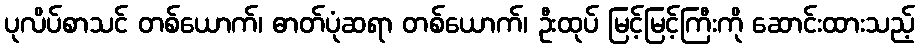
ပုလိပ်စာသင် တစ်ယောက်၊ ဓာတ်ပုံဆရာ တစ်ယောက်၊ ဦးထုပ် မြင့်မြင့်ကြီးကို ဆောင်းထားသည့်